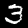
Label: 3